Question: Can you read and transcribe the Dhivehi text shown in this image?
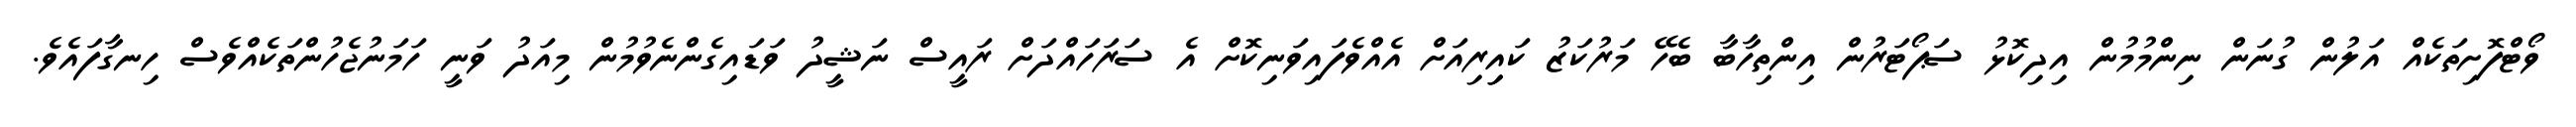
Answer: ވޯޓްފޮށިތަކެއް އަލުން ގުނަން ނިންމުމުން އިދިކޮޅު ސަޕޯޓަރުން އިންތިހާބާ ބެހޭ މަރުކަޒު ކައިިރިއަށް އެއްވެފައިވަނިކޮށް އެ ސަރަހައްދަށް ރައީސް ނަޝީދު ވަޑައިގެންނެވުމުން މިއަދު ވަނީ ހަމަނުޖެހުންތަކެއްވެސް ހިނގާފައެވެ.